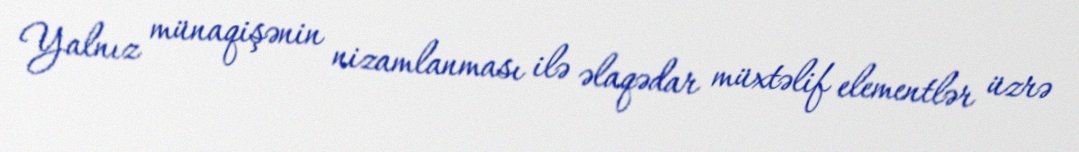
Yalnız münaqişənin nizamlanması ilə əlaqədar müxtəlif elementlər üzrə